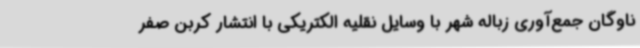
ناوگان جمع‌آوری زباله شهر با وسایل نقلیه الکتریکی با انتشار کربن صفر